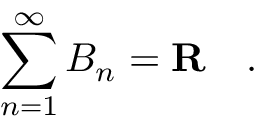
\sum _ { n = 1 } ^ { \infty } B _ { n } = \mathbf { R } \quad .